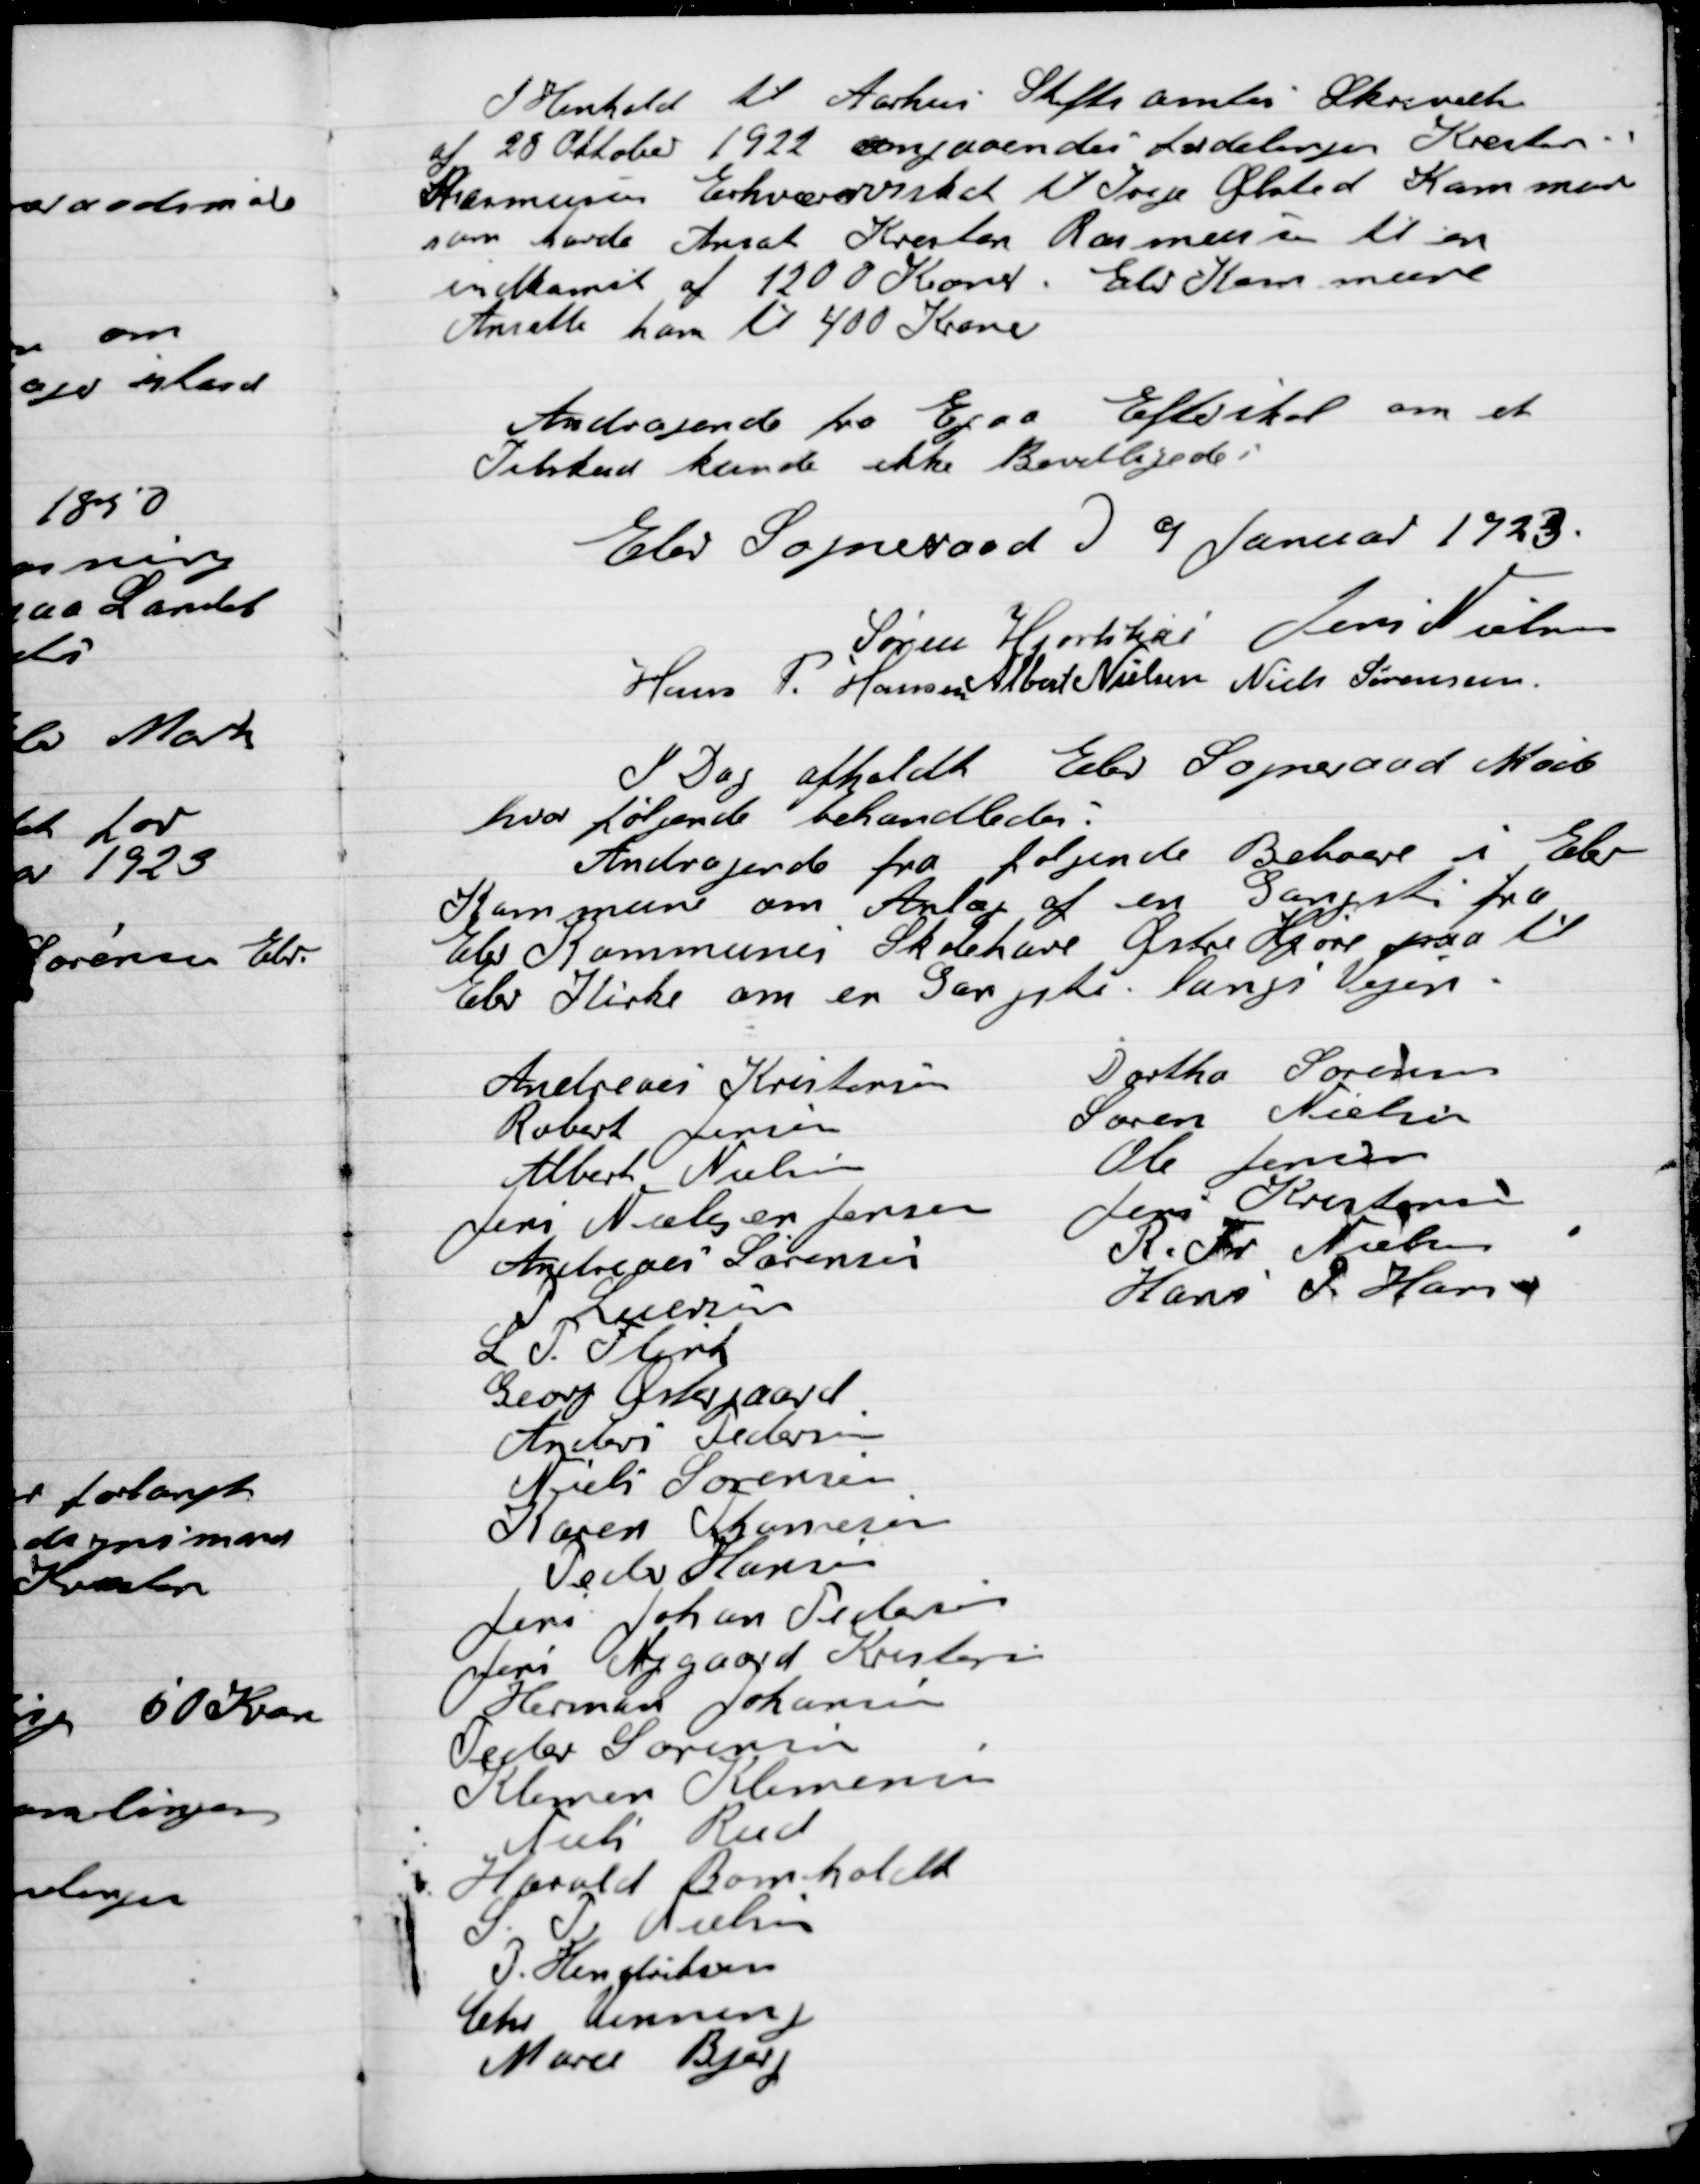
Transskription:
I henhold til Aarhus Stiftsamt Skrivelse
af 28 Oktober 1922 angående fordelingen Kresten
Rasmusen Erhvervsskat til Trige Ølsted Kommune
som havde Ansat Kresten Rasmussen til en
indkomst af 1200 Kroner Elev Kommune
Ansatte ham til 400 Kroner

Andragende fra Egaa Efterskole om et
Tilskud kunde ikke Bevilgedes

Elev Sogneraad d. 9 Januar 1923

Søren Hjorthøi
Jens Nielsen
Hans P. Hansen
Albert Nielsen
Niels Sørensen

I Dag afholdt Sogneraadet afholdt Møde
hvor følgende Behandledes.
Andragende fra følgende Beboere i Elev
Kommune om Anlæg af en Gang sti fra
Elev Kommunes Skolehave Øster Hjore paa til
Elev Kirke om en Gansti langs Vejen.

Andreas Kristensen
Robert Jensen
Albert Nielsen
Jens Nielsen Jensen
Andreas Sørensen
P. Laursen
L.P. Flerid
Georg Østergaard
Andres Petersen
Niels Sørensen
Karen Thomsen
Peder Hansen
Jens Joans Pedersen
Jens Nygaard Kristensen
Herman Johansen
Peder Sørensen
Klemmer Klemmensen
Niels Rud
Thorvald Bomholdt
S. P. Nielsen
I. Henriksen
Chr. Venning
Marce Bjerg
Dorthe Sørensen
Søren Nielsen
Ole Jensen
Jens Kristensen
R. Fr. Nielsen
Hans P. Hansen